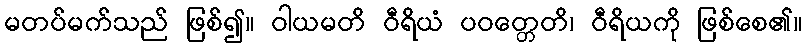
မတပ်မက်သည် ဖြစ်၍။ ဝါယမတိ ဝီရိယံ ပဝတ္တေတိ၊ ဝီရိယကို ဖြစ်စေ၏။